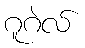
ဂူဂဲလ်